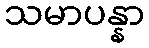
သမာပန္နာ